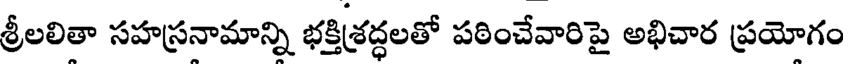
శ్రీలలితా సహస్రనామాన్ని భక్తిశ్రద్ధలతో పఠించేవారిపై అభిచార ప్రయోగం